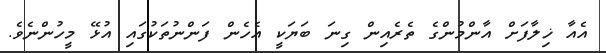
އެއާ ޚިލާފަށް އާންމުންގެ ތެރެއިން ގިނަ ބަޔަކީ އެހެން ފަންނުތަކުގައި އުޅޭ މީހުންނެވެ.